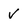
Character: V